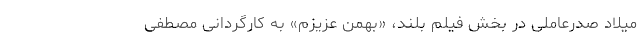
میلاد صدرعاملی در بخش فیلم بلند، «بهمن عزیزم» به کارگردانی مصطفی